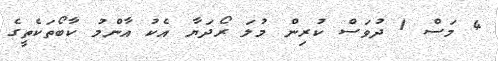
4 މަސް 1 ދުވަސް ކުރިން މުލަ ރޯދަޔާ އެކު އާންމު ކާބޯތަކެތީގެ